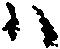
ハ